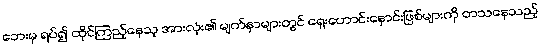
ဘေးမှ ရပ်၍ ထိုင်ကြည့်နေသူ အားလုံး၏ မျက်နှာများတွင် ရှေးဟောင်းနှောင်းဖြစ်များကို တသနေသည့်